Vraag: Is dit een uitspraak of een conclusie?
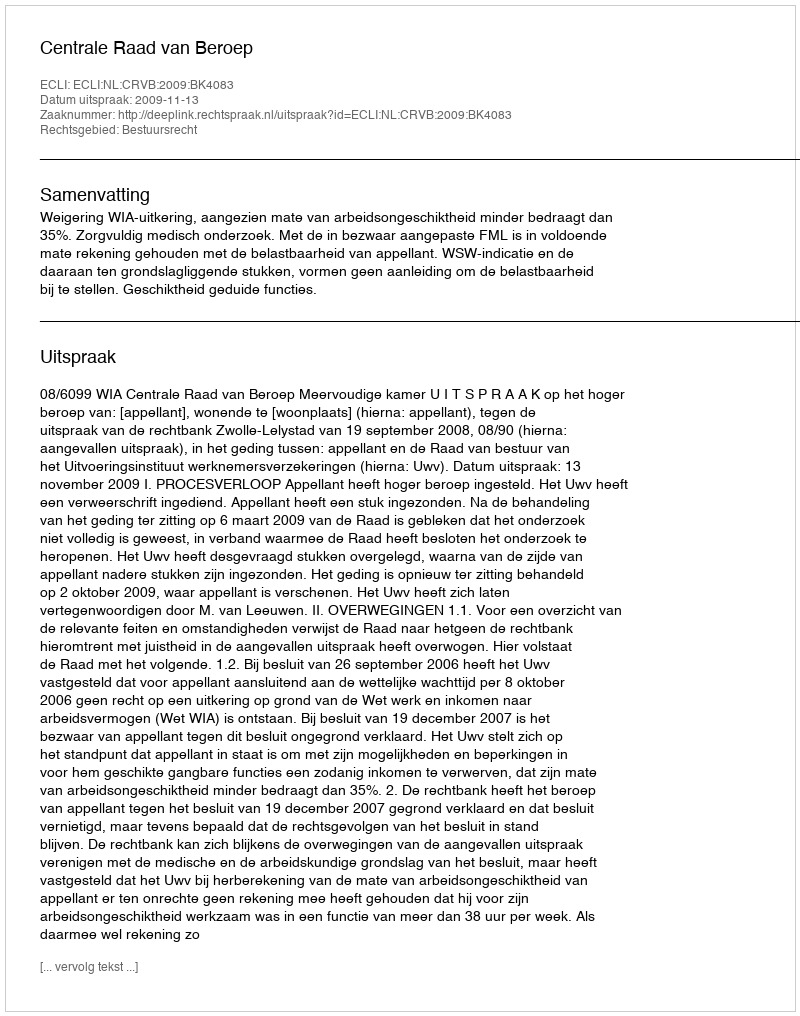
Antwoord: Uitspraak